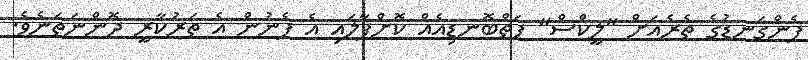
ފެންގަނޑުގެ ތެރެއަށް "ލީކްސް" ފަތްބޮނޑިއެއް ކޮށްޕާލައި އެ ފެނުން އެ ތަރުކާރީ ދޮންނަތަނެވެ.